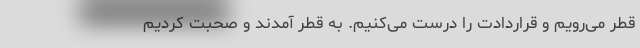
قطر می‌رویم و قراردادت را درست می‌کنیم. به قطر آمدند و صحبت کردیم